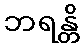
ဘရန္တိ